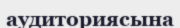
аудиториясына